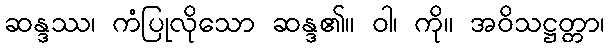
ဆန္ဒဿ၊ ကံပြုလိုသော ဆန္ဒ၏။ ဝါ၊ ကို။ အဝိသဋ္ဌတ္တာ၊